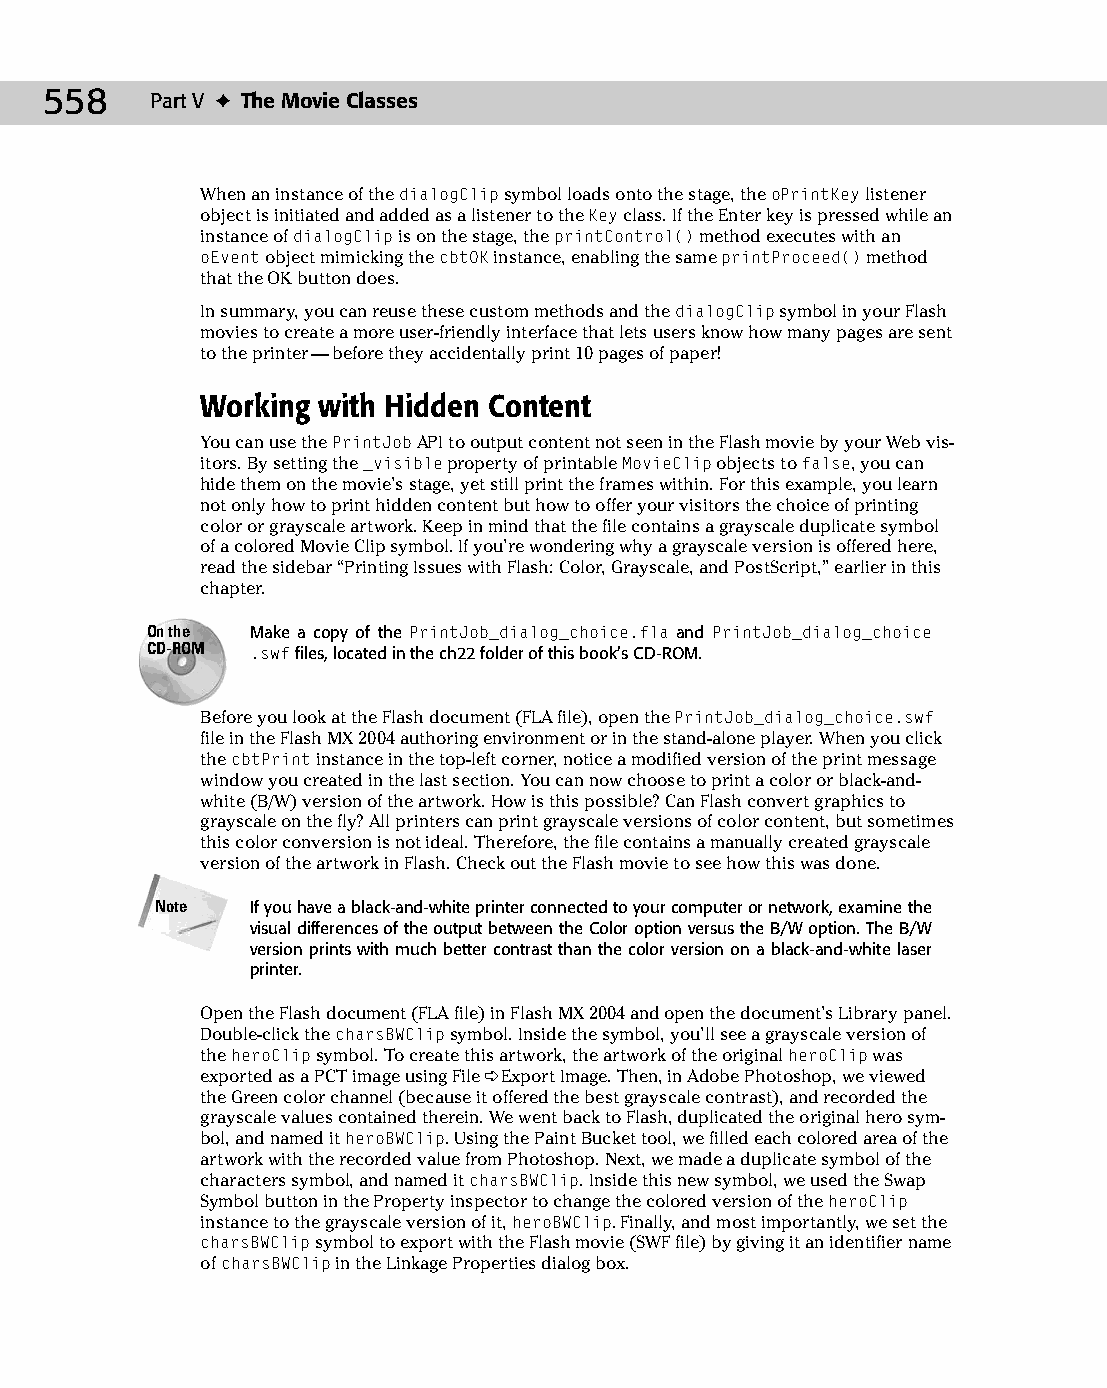
28 543547 ch22.qxd 3/24/04 4:09 PM Page 558
 558    Part V ✦ The Movie Classes
 When an instance of the dialogClip symbol loads onto the stage, the oPrintKey listener
 object is initiated and added as a listener to the Key class. If the Enter key is pressed while an
 instance of dialogClip is on the stage, the printControl() method executes with an
 oEvent object mimicking the cbtOK instance, enabling the same printProceed() method
 that the OK button does.
 In summary, you can reuse these custom methods and the dialogClip symbol in your Flash
 movies to create a more user-friendly interface that lets users know how many pages are sent
 to the printer — before they accidentally print 10 pages of paper!
 Working with Hidden Content
 You can use the PrintJob API to output content not seen in the Flash movie by your Web vis­
 itors. By setting the _visible property of printable MovieClip objects to false, you can
 hide them on the movie’s stage, yet still print the frames within. For this example, you learn
 not only how to print hidden content but how to offer your visitors the choice of printing
 color or grayscale artwork. Keep in mind that the file contains a grayscale duplicate symbol
 of a colored Movie Clip symbol. If you’re wondering why a grayscale version is offered here,
 read the sidebar “Printing Issues with Flash: Color, Grayscale, and PostScript,” earlier in this
 chapter.
 On the Make a copy of the PrintJob_dialog_choice.fla and PrintJob_dialog_choice
 CD-ROM .swf files, located in the ch22 folder of this book’s CD-ROM.
 Before you look at the Flash document (FLA file), open the PrintJob_dialog_choice.swf
 file in the Flash MX 2004 authoring environment or in the stand-alone player. When you click
 the cbtPrint instance in the top-left corner, notice a modified version of the print message
 window you created in the last section. You can now choose to print a color or black-and-
 white (B/W) version of the artwork. How is this possible? Can Flash convert graphics to
 grayscale on the fly? All printers can print grayscale versions of color content, but sometimes
 this color conversion is not ideal. Therefore, the file contains a manually created grayscale
 version of the artwork in Flash. Check out the Flash movie to see how this was done.
 Note   If you have a black-and-white printer connected to your computer or network, examine the
 visual differences of the output between the Color option versus the B/W option. The B/W
 version prints with much better contrast than the color version on a black-and-white laser
 printer.
 Open the Flash document (FLA file) in Flash MX 2004 and open the document’s Library panel.
 Double-click the charsBWClip symbol. Inside the symbol, you’ll see a grayscale version of
 the heroClip symbol. To create this artwork, the artwork of the original heroClip was
 exported as a PCT image using File ➪ Export Image. Then, in Adobe Photoshop, we viewed
 the Green color channel (because it offered the best grayscale contrast), and recorded the
 grayscale values contained therein. We went back to Flash, duplicated the original hero sym­
 bol, and named it heroBWClip. Using the Paint Bucket tool, we filled each colored area of the
 artwork with the recorded value from Photoshop. Next, we made a duplicate symbol of the
 characters symbol, and named it charsBWClip. Inside this new symbol, we used the Swap
 Symbol button in the Property inspector to change the colored version of the heroClip
 instance to the grayscale version of it, heroBWClip. Finally, and most importantly, we set the
 charsBWClip symbol to export with the Flash movie (SWF file) by giving it an identifier name
 of charsBWClip in the Linkage Properties dialog box.